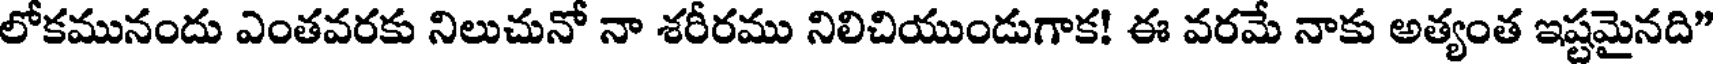
లోకమునందు ఎంతవరకు నిలుచునో నా శరీరము నిలిచియుండుగాక! ఈ వరమే నాకు అత్యంత ఇష్టమైనది"